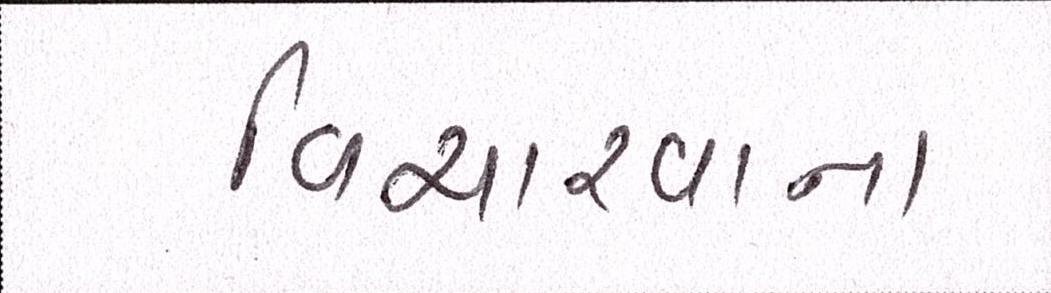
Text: વિચારવાના